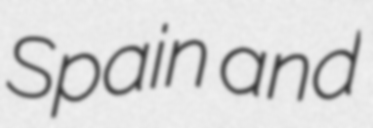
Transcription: Spain and